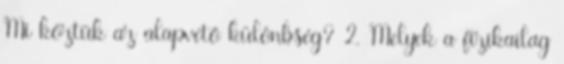
Mi köztük az alapvető különbség? 2. Melyek a fizikailag